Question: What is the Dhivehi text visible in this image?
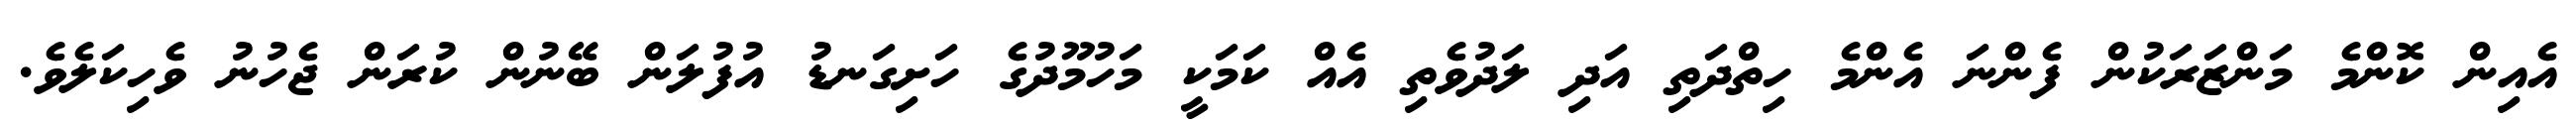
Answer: އެއިން ކޮންމެ މަންޒަރަކުން ފެންނަ އެންމެ ހިތްދަތި އަދި ލަދުވެތި އެއް ކަމަކީ މަހުމޫދުގެ ހަށިގަނޑު އުފުލަން ބޭނުން ކުރަން ޖެހުނު ވެހިކަލެވެ.